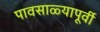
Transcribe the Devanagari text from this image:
पावसाळ्यापूर्वी